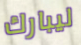
ليبارك